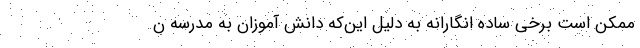
ممکن است برخی ساده انگارانه به دلیل این‌که دانش آموزان به مدرسه ن